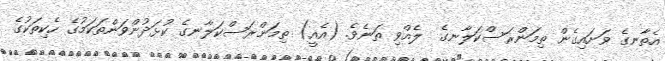
އެތާނގެ ވަށައިގެން ތިމަންރަސްކަލާނގެ  ލެއްވި ތަނެވެ. (އެއީ) ތިމަންރަސްކަލާނގެ ކުޅަދުންވަންތަކަމުގެ ހެކިތަކުގެ